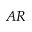
A R